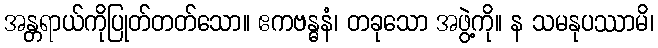
အန္တရာယ်ကိုပြုတ်တတ်သော။ ဧကဗန္ဓနံ၊ တခုသော အဖွဲ့ကို။ န သမနုပဿာမိ၊